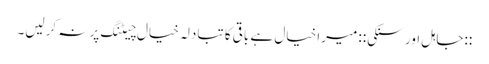
::جاہل اور سنکی:: میرا خیال ہے باقی کا تبادلہ خیال چیٹنگ پر نہ کرلیں۔